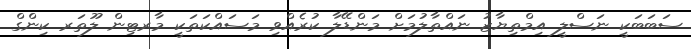
ސަބަބަކީ ނަސްލީ އިމްތިޔާޒު ނައްތާލުމަށް މަންޑޭލާ ކުރެއްވި މަސައްކަތަކީ މާރޓިން ލޫތަރ ކިންގް